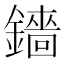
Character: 𬬋